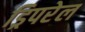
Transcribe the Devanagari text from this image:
ड्रिपरेल